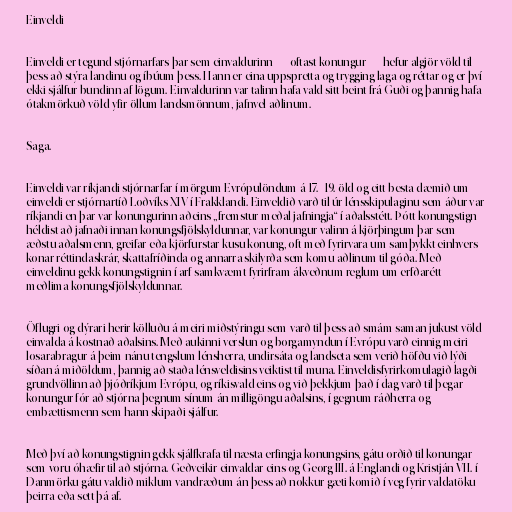
Einveldi

Einveldi er tegund stjórnarfars þar sem einvaldurinn — oftast konungur — hefur algjör völd til
þess að stýra landinu og íbúum þess. Hann er eina uppspretta og trygging laga og réttar og er því
ekki sjálfur bundinn af lögum. Einvaldurinn var talinn hafa vald sitt beint frá Guði og þannig hafa
ótakmörkuð völd yfir öllum landsmönnum, jafnvel aðlinum.

Saga.

Einveldi var ríkjandi stjórnarfar í mörgum Evrópulöndum á 17.–19. öld og eitt besta dæmið um
einveldi er stjórnartíð Loðvíks XIV í Frakklandi. Einveldið varð til úr lénsskipulaginu sem áður var
ríkjandi en þar var konungurinn aðeins „fremstur meðal jafningja“ í aðalsstétt. Þótt konungstign
héldist að jafnaði innan konungsfjölskyldunnar, var konungur valinn á kjörþingum þar sem
æðstu aðalsmenn, greifar eða kjörfurstar kusu konung, oft með fyrirvara um samþykkt einhvers
konar réttindaskrár, skattafríðinda og annarra skilyrða sem komu aðlinum til góða. Með
einveldinu gekk konungstignin í arf samkvæmt fyrirfram ákveðnum reglum um erfðarétt
meðlima konungsfjölskyldunnar.

Öflugri og dýrari herir kölluðu á meiri miðstýringu sem varð til þess að smám saman jukust völd
einvalda á kostnað aðalsins. Með aukinni verslun og borgamyndun í Evrópu varð einnig meiri
losarabragur á þeim nánu tengslum lénsherra, undirsáta og landseta sem verið höfðu við lýði
síðan á miðöldum, þannig að staða lénsveldisins veiktist til muna. Einveldisfyrirkomulagið lagði
grundvöllinn að þjóðríkjum Evrópu, og ríkisvald eins og við þekkjum það í dag varð til þegar
konungur fór að stjórna þegnum sínum án milligöngu aðalsins, í gegnum ráðherra og
embættismenn sem hann skipaði sjálfur.

Með því að konungstignin gekk sjálfkrafa til næsta erfingja konungsins, gátu orðið til konungar
sem voru óhæfir til að stjórna. Geðveikir einvaldar eins og Georg III. á Englandi og Kristján VII. í
Danmörku gátu valdið miklum vandræðum án þess að nokkur gæti komið í veg fyrir valdatöku
þeirra eða sett þá af.